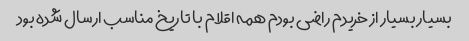
بسیار بسیار از خریدم راضی بودم همه اقلام با تاریخ مناسب ارسال شده بود